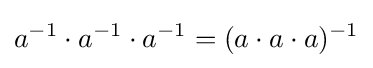
a^{-1}\cdot a^{-1}\cdot a^{-1}=(a\cdot a\cdot a)^{-1}